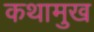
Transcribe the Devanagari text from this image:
कथामुख